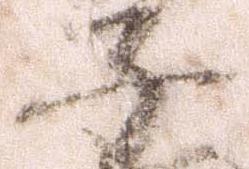
子